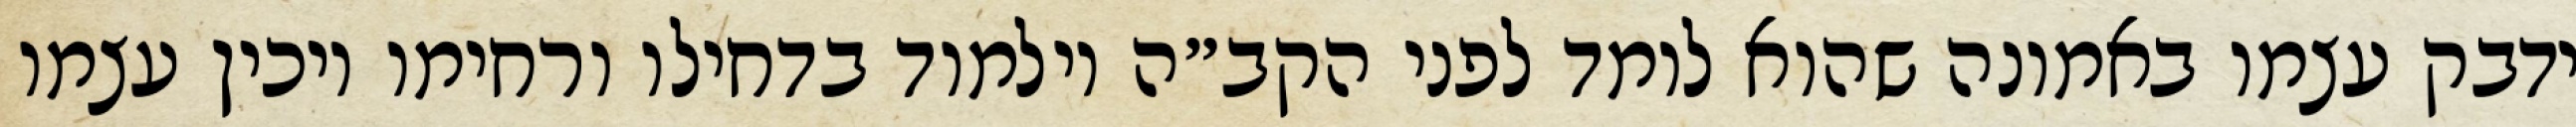
ידבק עצמו באמונה שהוא לומד לפני הקב״ה וילמוד בדחילו ורחימו ויכין עצמו